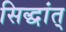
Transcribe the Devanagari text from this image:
सिद्धांत्‌